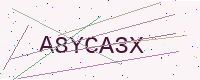
Text: A8YCA3X